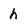
Character: h